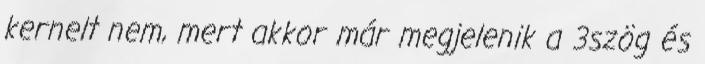
kernelt nem, mert akkor már megjelenik a 3szög és